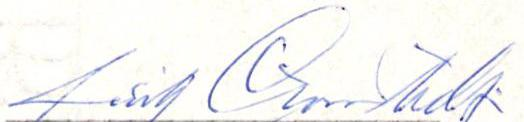
Eirik Cronstedt